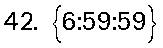
42. {6:59:59}